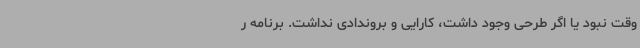
وقت نبود یا اگر طرحی وجود داشت، کارایی و بروندادی نداشت. برنامه ر